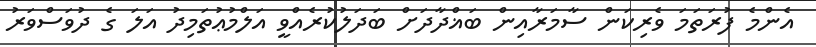
އެންމެ ފުރަތަމަ ވެރިކަން ސާމަރާއިން ބަޣްދާދަށް ބަދަލުކުރެއްވީ އަލްމުޢުތަމިދު އަލަ ގެ ދުވަސްވަރު